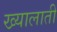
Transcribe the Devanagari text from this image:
ख्यालाती